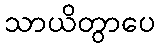
သာယိတွာပေ